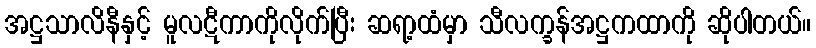
အဋ္ဌသာလိနီနှင့် မူလဋီကာကိုလိုက်ပြီး ဆရာ့ထံမှာ သီလက္ခန်အဋ္ဌကထာကို ဆိုပါတယ်။